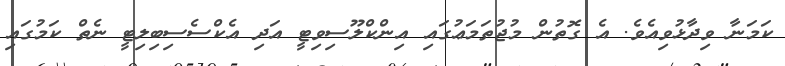
ކަމަނާ ވިދާޅުވިއެވެ. އެ ގޮތުން މުޖުތަމަޢުގައި އިންކްލޫސިވިޓީ އަދި އެކްސެސިބިލިޓީ ނެތް ކަމުގައި